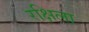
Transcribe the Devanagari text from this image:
रक्षिला